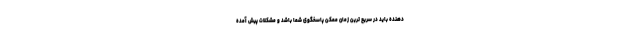
دهنده باید در سریع ترین زمان ممکن پاسخگوی شما باشد و مشکلات پیش آمده